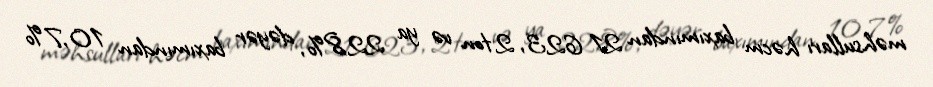
məhsulları həcm baxımından 21 623, 2 ton və ya 22,8%, dəyər baxımından 10,7%